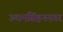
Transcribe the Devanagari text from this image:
ऊधमसिंहननगर